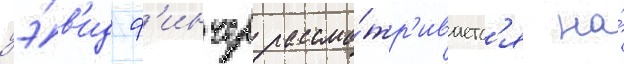
дэ́в'ид ф'инчер рассма́тр'иваетс'я на́